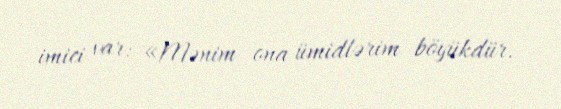
imici var: «Mənim ona ümidlərim böyükdür.